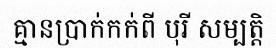
គ្មានប្រាក់កក់ពី បុរី សម្បត្តិ